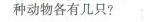
种动物各有几只?